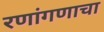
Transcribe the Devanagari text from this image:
रणांगणाचा